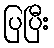
ပြပြီး